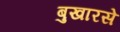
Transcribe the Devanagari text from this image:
बुखारसे